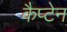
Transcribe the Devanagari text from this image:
कैप्‍टेन